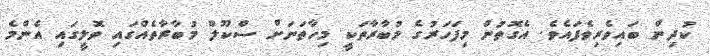
ކުދިން ބައިވެރިވެފައެވެ. އެގޮތުން މިފަހަރުގެ މުބާރާތަކީ މިހާތަނަށް ސްކޫލް މުބާރާތެއްގައި ވޮލީގައި އެންމެ